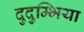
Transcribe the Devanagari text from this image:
दुदुम्भिया